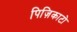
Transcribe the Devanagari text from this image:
पिज़िकाटो